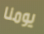
يومنا